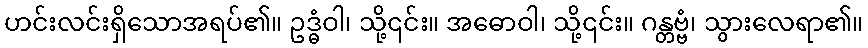
ဟင်းလင်းရှိသောအရပ်၏။ ဥဒ္ဓံဝါ၊ သို့၎င်း။ အဓောဝါ၊ သို့၎င်း။ ဂန္တဗ္ဗံ၊ သွားလေရာ၏။